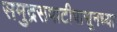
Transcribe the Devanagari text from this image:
समुद्रसपाटीपासूनच्या